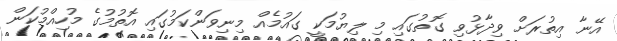
އޭނާ އިތުރަށް ވިދާޅުވި ގޮތުގައި މި ލިޔުމަކީ ގައުމެއް މިނިވަންކަމުގައި އޮތުމުގެ މުހިއްމުކަން